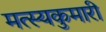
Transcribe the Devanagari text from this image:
मत्स्यकुमारी